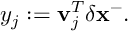
y _ { j } : = \mathbf { v } _ { j } ^ { T } \delta \mathbf { x } ^ { - } .